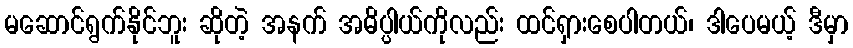
မဆောင်ရွက်နိုင်ဘူး ဆိုတဲ့ အနက် အဓိပ္ပါယ်ကိုလည်း ထင်ရှားစေပါတယ်၊ ဒါပေမယ့် ဒီမှာ